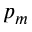
p _ { m }